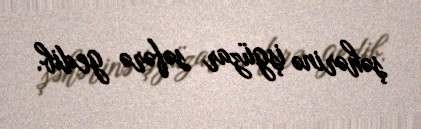
şəhərinə işgüzar səfərə gedib.